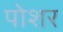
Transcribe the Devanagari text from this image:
पोशर